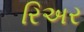
રિઅર